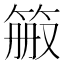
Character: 𬕉